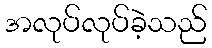
အလုပ်လုပ်ခဲ့သည်